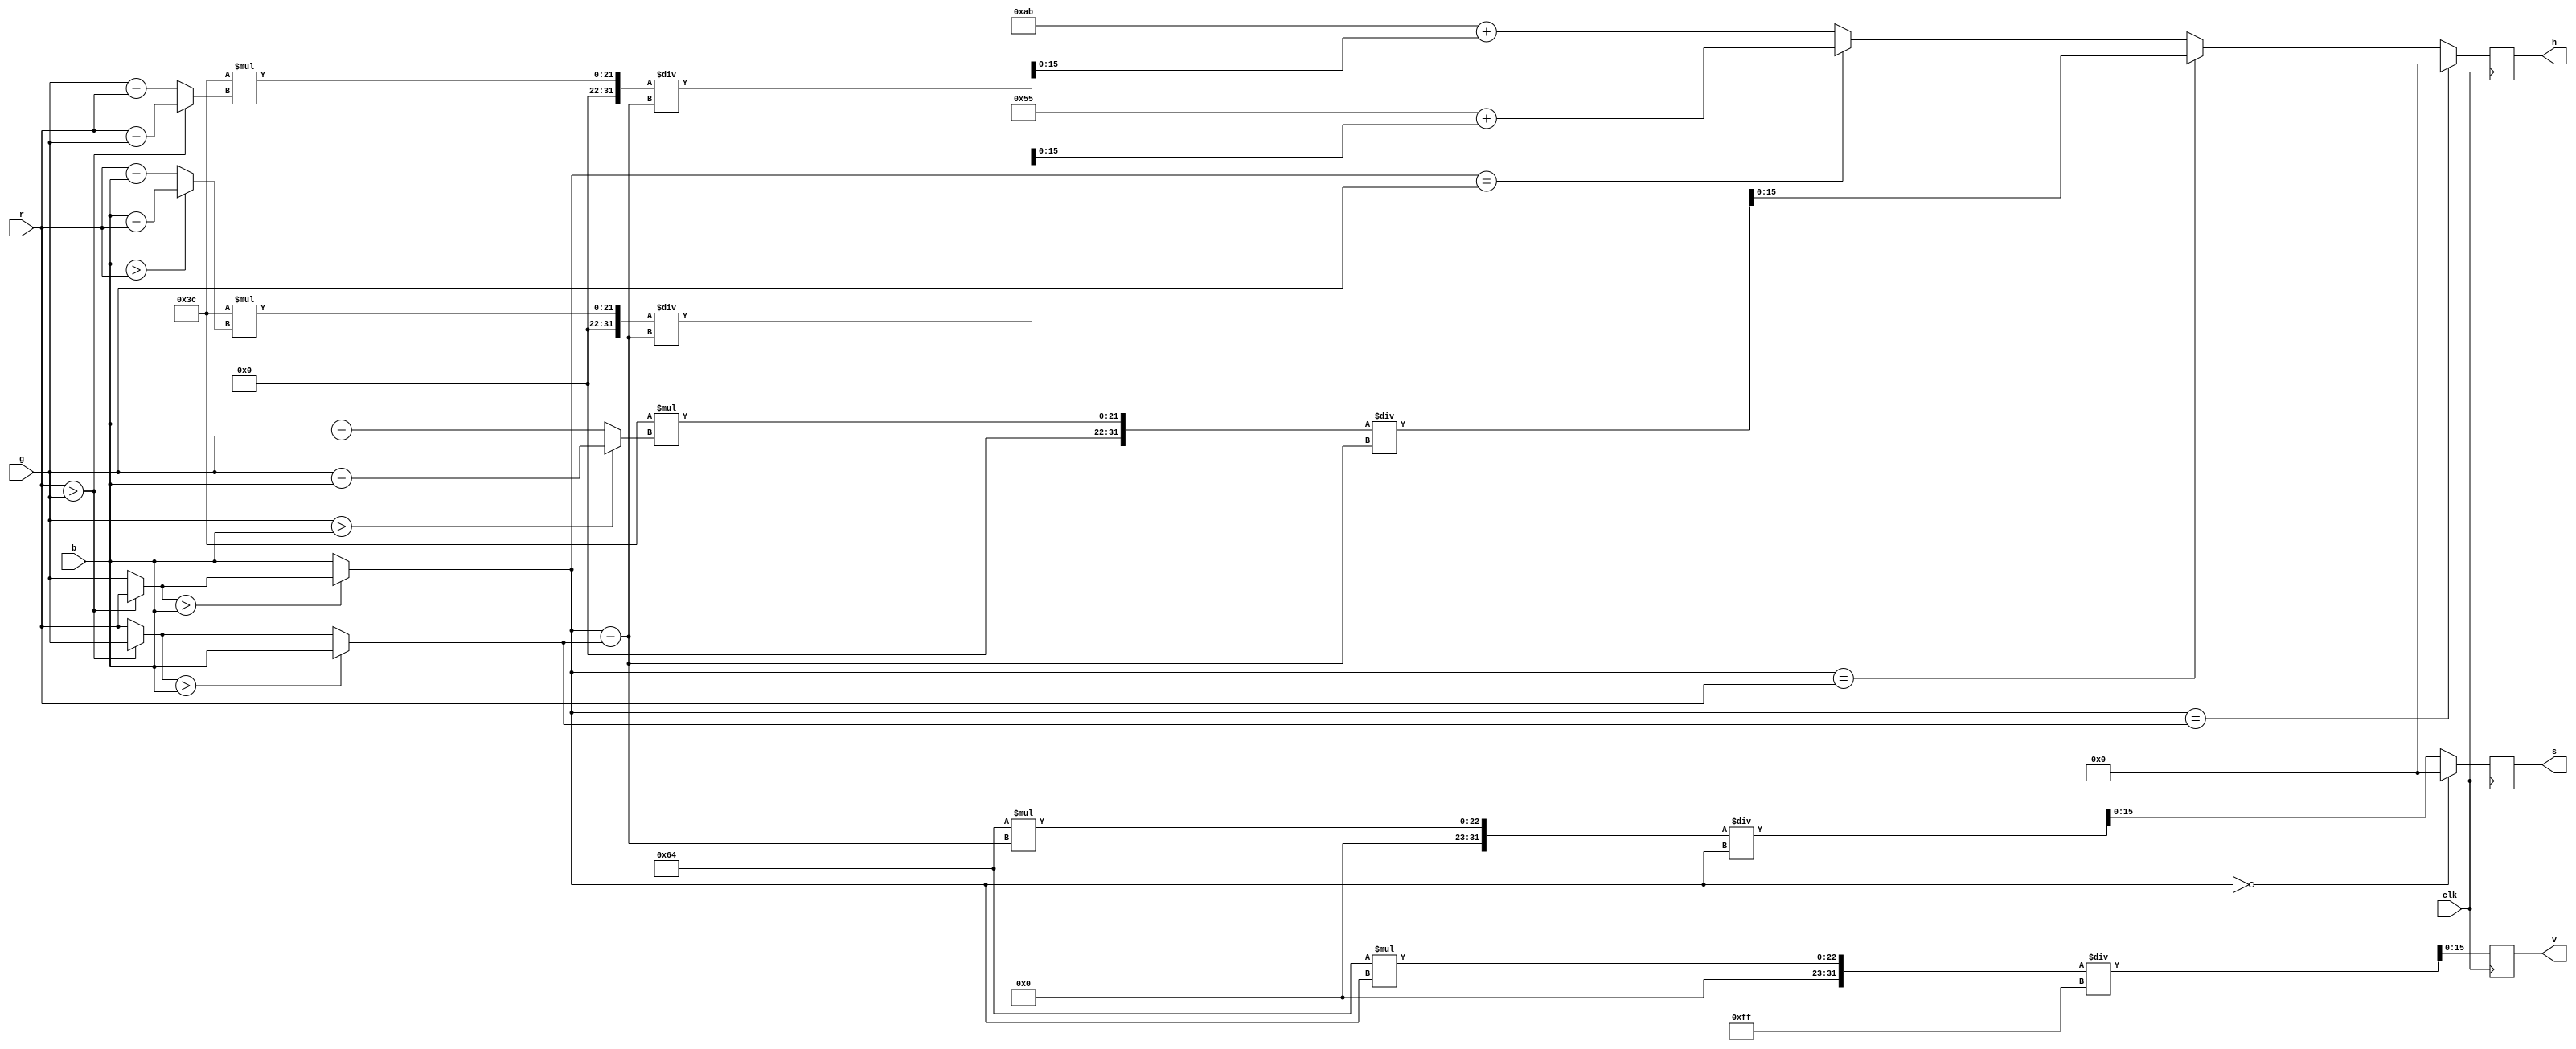
module rgb_to_hsv(r, g, b, h, s, v, clk);
	input clk;
	input[15:0] r, g, b;
	output reg[15:0] h, s, v;
	reg[15:0] max, min, diff, temp;
	always @ (posedge clk)
	begin
		max = r > g ? r : g;
		max = max > b ? max : b;
		min = r > g ? g : r;
		min = min > b ? b : min;
		diff = max - min;
		v = 100*max/255;
		if(max == 0)
			s = 0;
		else
			s = 100*diff/max;
		if(max == min)
			h = 0;
		else if (max == r)
		begin
			temp = g > b ? g-b : b-g;
			h = 60*temp/diff;
		end
		else if (max == g)
		begin
			temp = b > r ? b-r : r-b;
			h = 85 + 60*temp/diff;
		end
		else
		begin
			temp = r > g ? r-g : g-r;
			h = 171 + 60*temp/diff;
		end
	end
endmodule